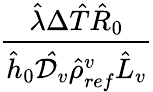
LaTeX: \frac{\hat{\lambda}\Delta\hat{T}\hat{R}_{0}}{\hat{h}_{0}\mathcal{\hat{D}}_{v}\hat{\rho}_{ref}^{v}\hat{L}_{v}}